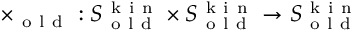
\times _ { \mathrm { ~ o ~ l ~ d ~ } } : S _ { \mathrm { ~ o ~ l ~ d ~ } } ^ { \mathrm { ~ k ~ i ~ n ~ } } \times S _ { \mathrm { ~ o ~ l ~ d ~ } } ^ { \mathrm { ~ k ~ i ~ n ~ } } \to S _ { \mathrm { ~ o ~ l ~ d ~ } } ^ { \mathrm { ~ k ~ i ~ n ~ } }